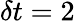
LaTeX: \delta t=2